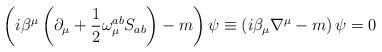
LaTeX: \begin{align*}\left( i\beta ^{\mu }\left( \partial _{\mu }+\frac{1}{2}\omega _{\mu}^{ab}S_{ab}\right) -m\right) \psi \equiv \left( i\beta _{\mu }\nabla ^{\mu}-m\right) \psi =0 \end{align*}